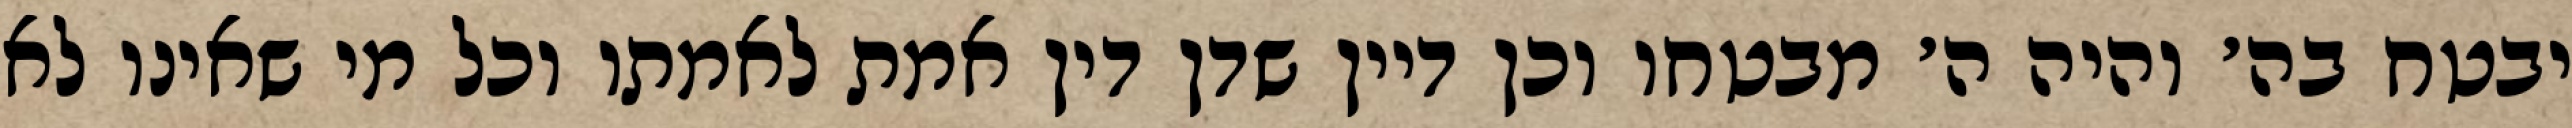
יבטח בה׳ והיה ה׳ מבטחו וכן דיין שדן דין אמת לאמתו וכל מי שאינו לא